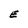
Character: E